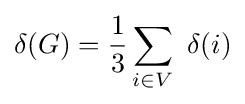
\delta (G)={\frac {1}{3}}\sum _{i\in V}\ \delta (i)